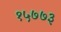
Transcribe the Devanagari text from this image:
१५७७३